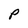
Character: P